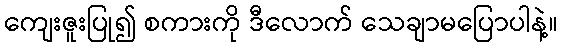
ကျေးဇူးပြု၍ စကားကို ဒီလောက် သေချာမပြောပါနဲ့။